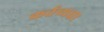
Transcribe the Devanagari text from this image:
कर्तव्यता